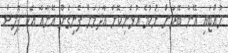
ހުއްޓައި އޭނާ ބޭރަށް ނުކުމެ އުޅެނިކޮށް އާދަމަށް ފެނިގެން އޭނާއާ އެކު ޕޮލިސް